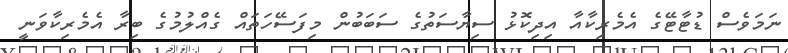
ނަމަވެސް ޑުޓާޓޭގެ އެމެރިކާއާ އިދިކޮޅު ސިޔާސަތުގެ ސަބަބުން މިފަސޭހަތައް ގެއްލުމުގެ ބިރާ އެމެރިކާވަނީ